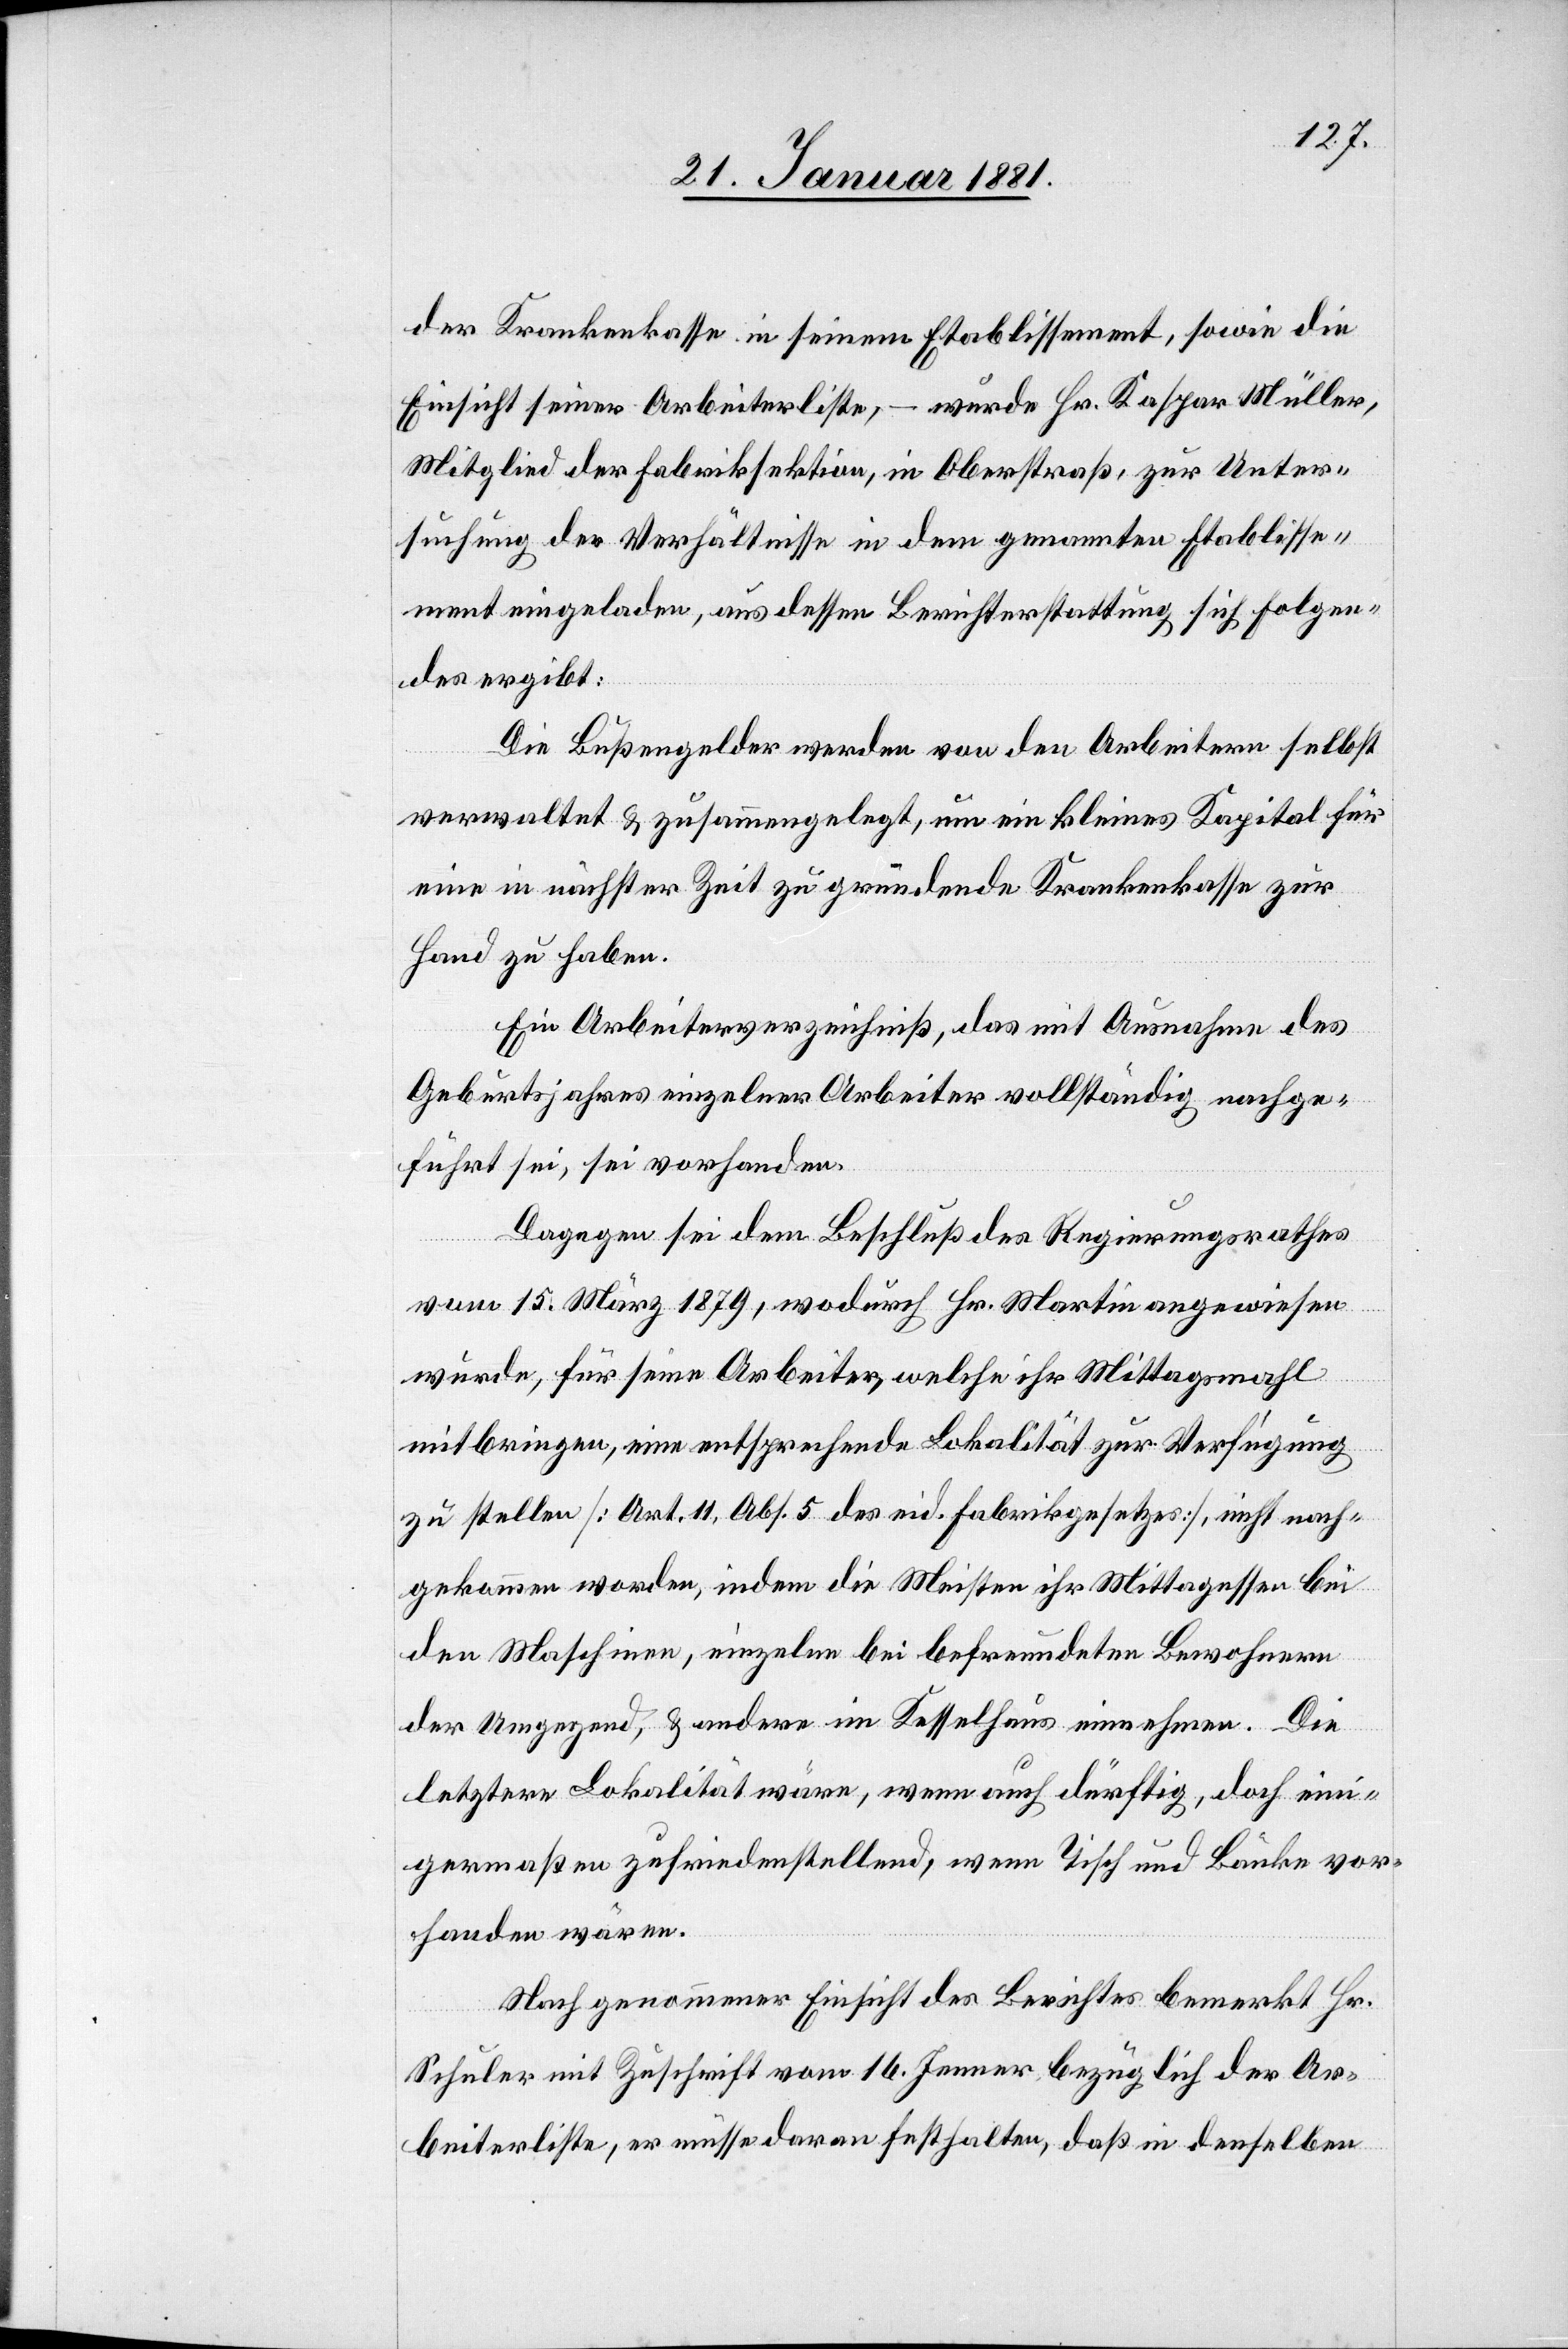
der Krankenkassen in seinem Etablissement, sowie die
Einsicht seiner Arbeiterliste, – wurde Hr. Kaspar Müller,
Mitglied der Fabriksektion, in Oberstraß, zur Unter¬
suchung der Verhältnisse in dem genannten Etablisse¬
ment eingeladen, aus dessen Berichterstattung sich folgen¬
des ergibt:
Die Bußgelder werden von den Arbeitern selbst
verwaltet & zusammengelegt, um ein kleines Kapital für
eine in nächster Zeit zu gründende Krankenkasse zur
Hand zu haben.
Ein Arbeiterverzeichniß, das Ausnahme des
Geburtsjahres einzelner Arbeiter vollständig nachge¬
führt sei, sei vorhanden.
Dagegen sei dem Beschluß des Regierungsrathes
vom 15. März 1879, wodurch Hr. Martin angewiesen
wurde, für seine Arbeiter, welche ihr Mittagsmahl
mitbringen, eine entsprechende Lokalität zur Verfügung
zu stellen [Art. 11, Abs. 5 des eid. Fabrikgesetzes], nicht nach¬
gekommen worden, indem die Meisten ihr Mittagessen bei
den Maschinen, einzelne bei befreundeten Bewohnern
der Umgegend,& andere im Kesselhaus einnehmen. Die
letztere Lokalität wäre, wenn auch dürftig, doch eini¬
germaßen zufriedenstellend, wenn Tisch und Bänke vor¬
handen wären.
Nach genommener Einsicht des Berichtes bemerkt Hr.
Schuler mit Zuschrift vom 16. Jenner bezüglich der Ar¬
beiterliste, er müsse daran festhalten, daß in denselben